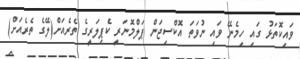
ވައިކޮތަޅު ގައި ހިމެނޭ ވައި ނުވަތަ އޮކްސިޖަން ޕަލްމޮނަރީ ކެޕިލަރީގެ ތެރެއަށް(ލޭގެ ތެރެއަށް)